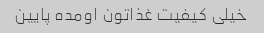
خیلی کیفیت غذاتون اومده پایین